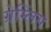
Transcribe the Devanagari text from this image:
ग्रेम्लिंस